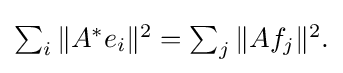
{\textstyle \sum _{i}\|A^{*}e_{i}\|^{2}=\sum _{j}\|Af_{j}\|^{2}.}